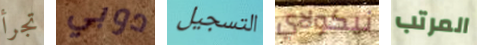
تجرأ دوبي التسجيل نيكولاي المرتب